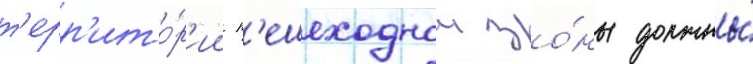
т'ерр'ито́р'ии п'ешеходнои зо́ны должны́